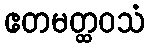
ဧတမတ္ထဝသံ